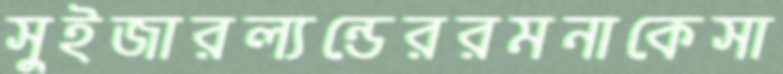
সুইজারল্যন্ডেররমনাকেসা